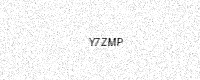
Text: Y7ZMP